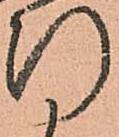
断